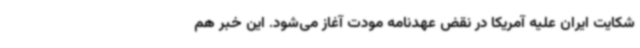
شکایت ایران علیه آمریکا در نقض عهدنامه مودت آغاز می‌شود. این خبر هم